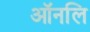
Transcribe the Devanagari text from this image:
ऑनलि